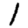
Digit: 1